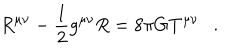
LaTeX: R ^ { \mu \nu } - \frac 1 2 g ^ { \mu \nu } R = 8 \pi G T ^ { \mu \nu } .